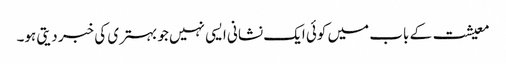
معیشت کے باب میں کوئی ایک نشانی ایسی نہیں جو بہتری کی خبر دیتی ہو۔